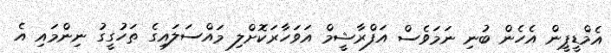
އެމްޑީޕީން އެހެން ބުނި ނަމަވެސް އަފްރާޝީމް އަވަހާރަކޮށްލި މައްސަލައިގެ ތަހުގީގު ނިންމައި އެ